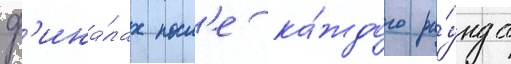
ф'ина́лах посл'е ка́ждого ра́унда